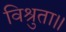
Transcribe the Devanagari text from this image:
विश्रुता॥